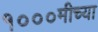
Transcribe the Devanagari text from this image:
१०००मीच्या